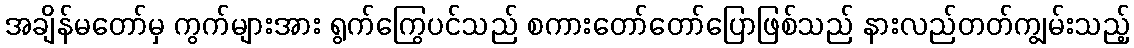
အချိန်မတော်မှ ကွက်များအား ရွက်ကြွေပင်သည် စကားတော်တော်ပြောဖြစ်သည် နားလည်တတ်ကျွမ်းသည့်